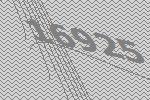
16925